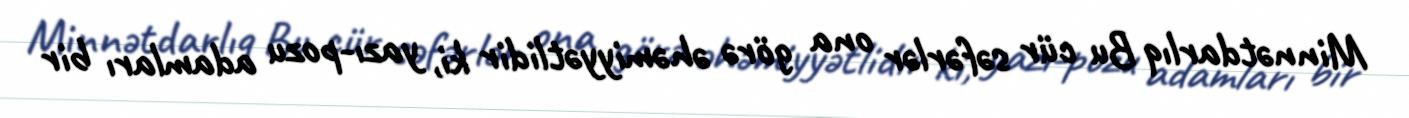
Minnətdarlıq Bu cür səfərlər ona görə əhəmiyyətlidir ki, yazı-pozu adamları bir